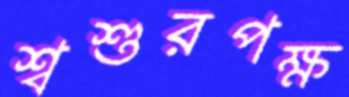
শ্বশুরপক্ষ